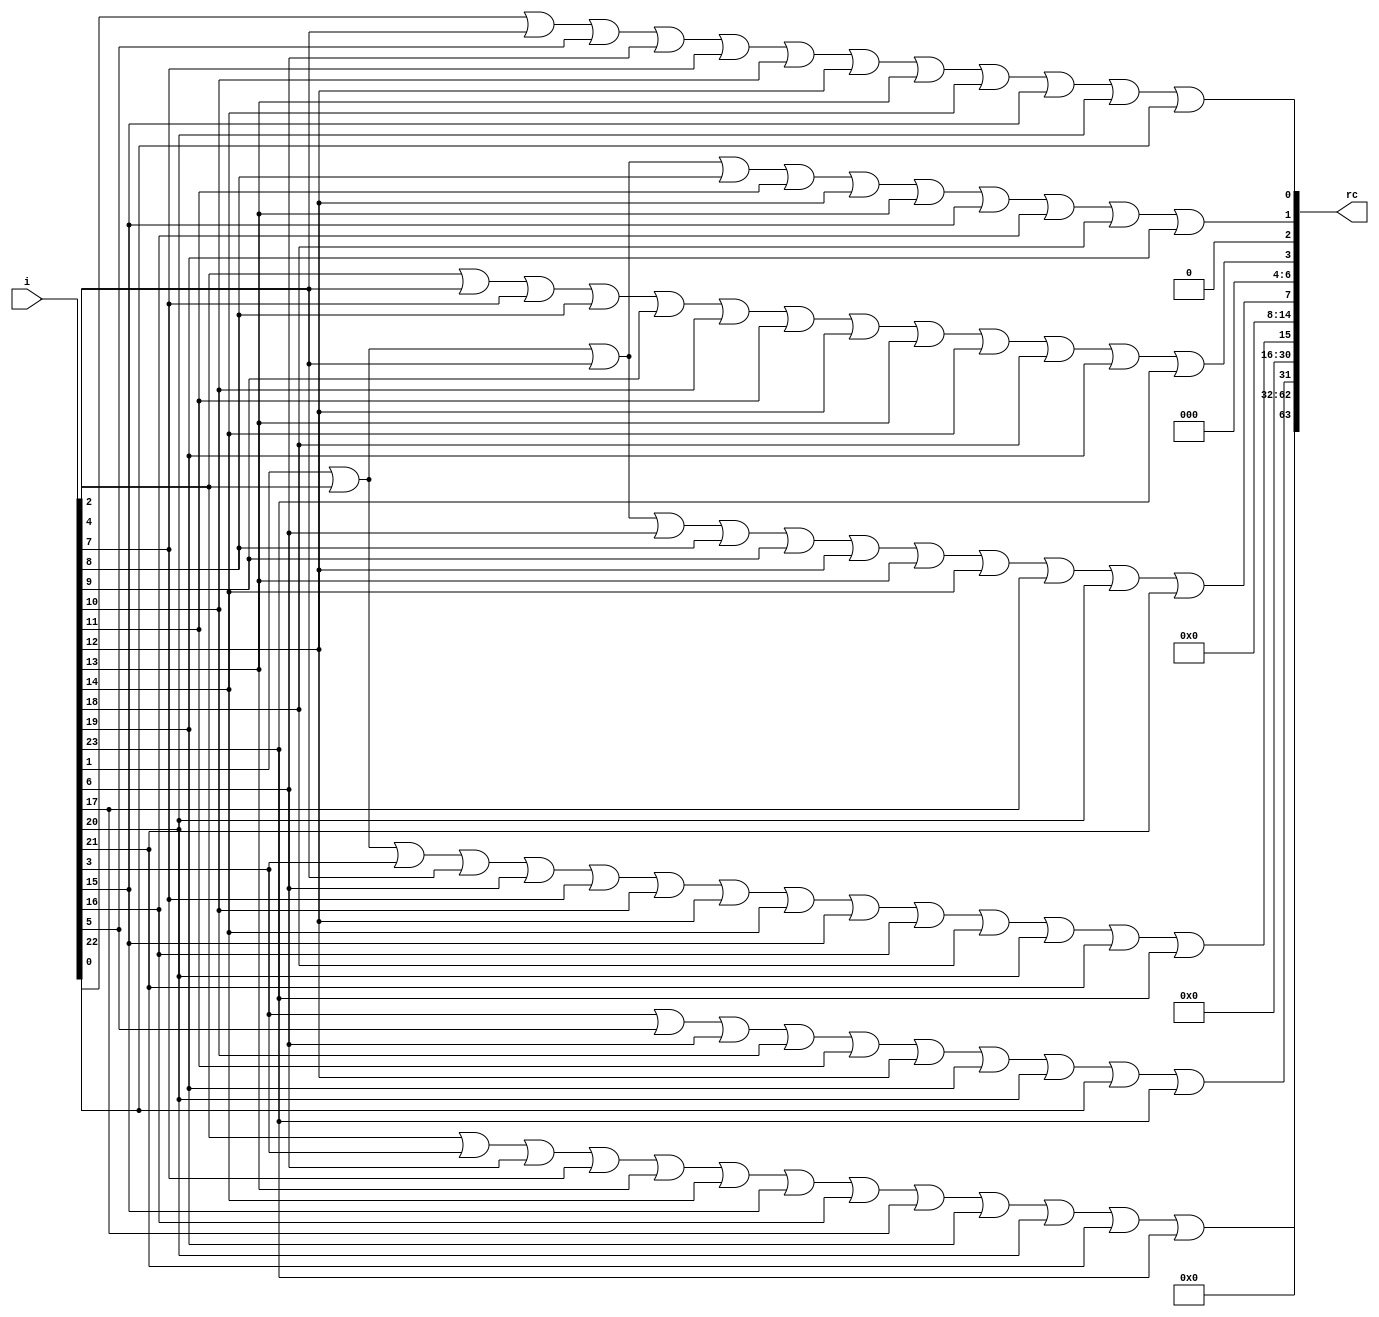
module rconst(i, rc);
    input      [23:0] i;
    output reg [63:0] rc;
 
    always @ (i)
      begin
        rc = 0;
        rc[0] = i[0] | i[4] | i[5] | i[6] | i[7] | i[10] | i[12] | i[13] | i[14] | i[15] | i[20] | i[22];
        rc[1] = i[1] | i[2] | i[4] | i[8] | i[11] | i[12] | i[13] | i[15] | i[16] | i[18] | i[19];
        rc[3] = i[2] | i[4] | i[7] | i[8] | i[9] | i[10] | i[11] | i[12] | i[13] | i[14] | i[18] | i[19] | i[23];
        rc[7] = i[1] | i[2] | i[4] | i[6] | i[8] | i[9] | i[12] | i[13] | i[14] | i[17] | i[20] | i[21];
        rc[15] = i[1] | i[2] | i[3] | i[4] | i[6] | i[7] | i[10] | i[12] | i[14] | i[15] | i[16] | i[18] | i[20] | i[21] | i[23];
        rc[31] = i[3] | i[5] | i[6] | i[10] | i[11] | i[12] | i[19] | i[20] | i[22] | i[23];
        rc[63] = i[2] | i[3] | i[6] | i[7] | i[13] | i[14] | i[15] | i[16] | i[17] | i[19] | i[20] | i[21] | i[23];
      end
endmodule